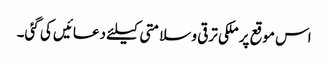
اس موقع پر ملکی ترقی و سلامتی کیلئے دعائیں کی گئی۔